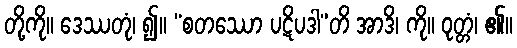
တို့ကို။ ဒေဿတုံ၊ ၍။ “စတဿော ပဋိပဒါ”တိ အာဒိ၊ ကို။ ဝုတ္တံ၊ ၏။